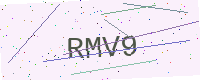
Text: RMV9